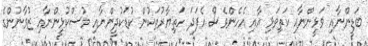
ބަޑީންނާއި ވަޅީންނާއި ކަތިވަޅި އާއި އެހެންވެސް އެފަދަ ހަތިޔާރުތަކުން ކުޑަކުދީންނާއި މުސްކުޅީންނާއި ޒުވާނުންގެ